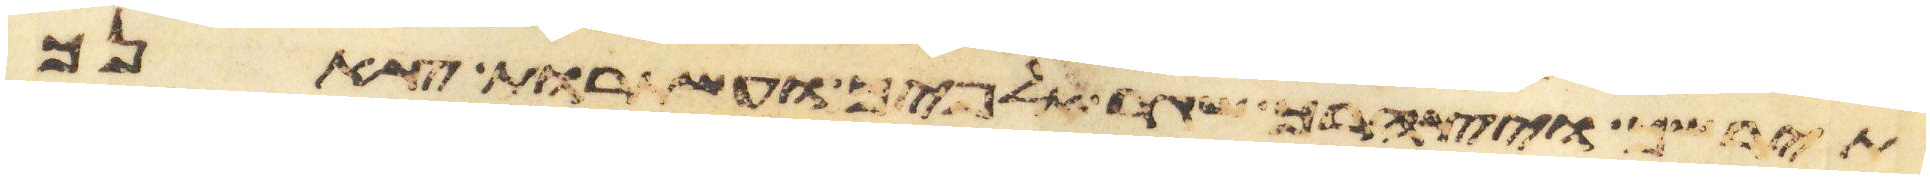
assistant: תירשך ויצהרך שגר אלפיך ועשתרות צאנך